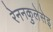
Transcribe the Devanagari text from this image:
रेननकुलेसेइ